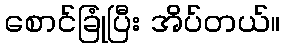
စောင်ခြုံပြီး အိပ်တယ်။